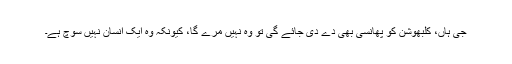
جی ہاں، کلبھوشن کو پھانسی بھی دے دی جائے گی تو وہ نہیں مرے گا، کیونکہ وہ ایک انسان نہیں سوچ ہے۔